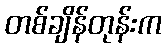
တစ်ချိန်တုန်းက